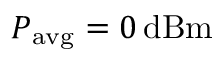
P _ { \mathrm { a v g } } = 0 \, \mathrm { d B m }